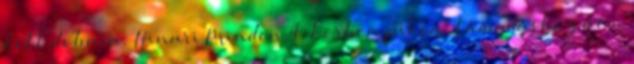
kell dobnia. Hinari Minden 4. körben pihen, támadáshoz nem